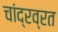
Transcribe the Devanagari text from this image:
चांद्रव्रत